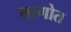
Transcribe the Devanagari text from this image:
लागोत